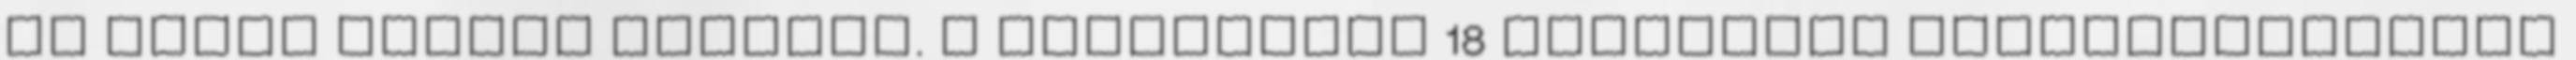
is érhet minket baleset. A kalkulátor 18 különböző utasbiztosítási